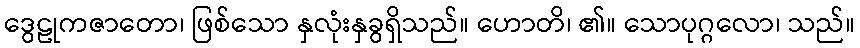
ဒွေဠုကဇာတော၊ ဖြစ်သော နှလုံးနှခွရှိသည်။ ဟောတိ၊ ၏။ သောပုဂ္ဂလော၊ သည်။